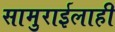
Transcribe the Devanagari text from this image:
सामुराईलाही